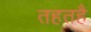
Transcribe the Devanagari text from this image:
तहतहै